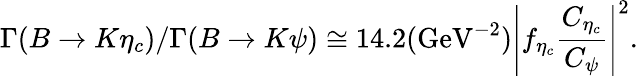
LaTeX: \Gamma(B\rightarrow K\eta_{c})/\Gamma(B\rightarrow K\psi)\cong 14.2(\mathrm{GeV}^{-2})\left|f_{\eta_{c}}\frac{C_{\eta_{c}}}{C_{\psi}}\right|^{2}.